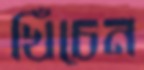
খিঁচেন